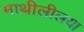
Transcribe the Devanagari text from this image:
माथीलीलया